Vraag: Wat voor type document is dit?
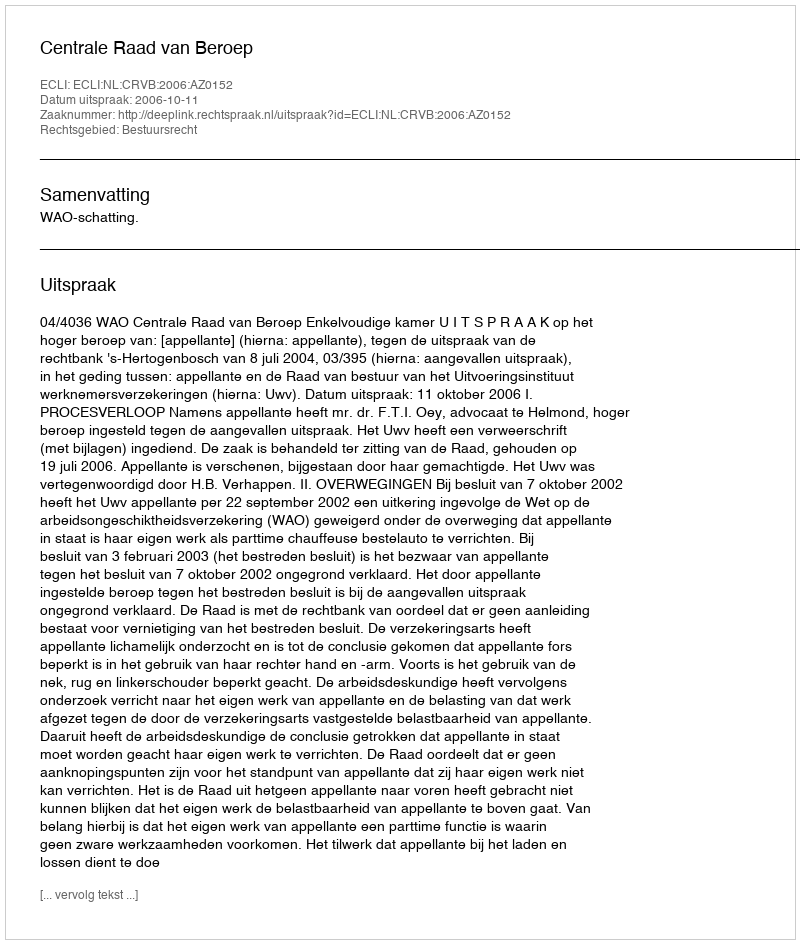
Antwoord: Uitspraak